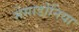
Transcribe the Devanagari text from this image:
मेसाडोनिया